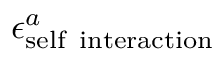
\epsilon _ { \mathrm { s e l f \; \; i n t e r a c t i o n } } ^ { a }